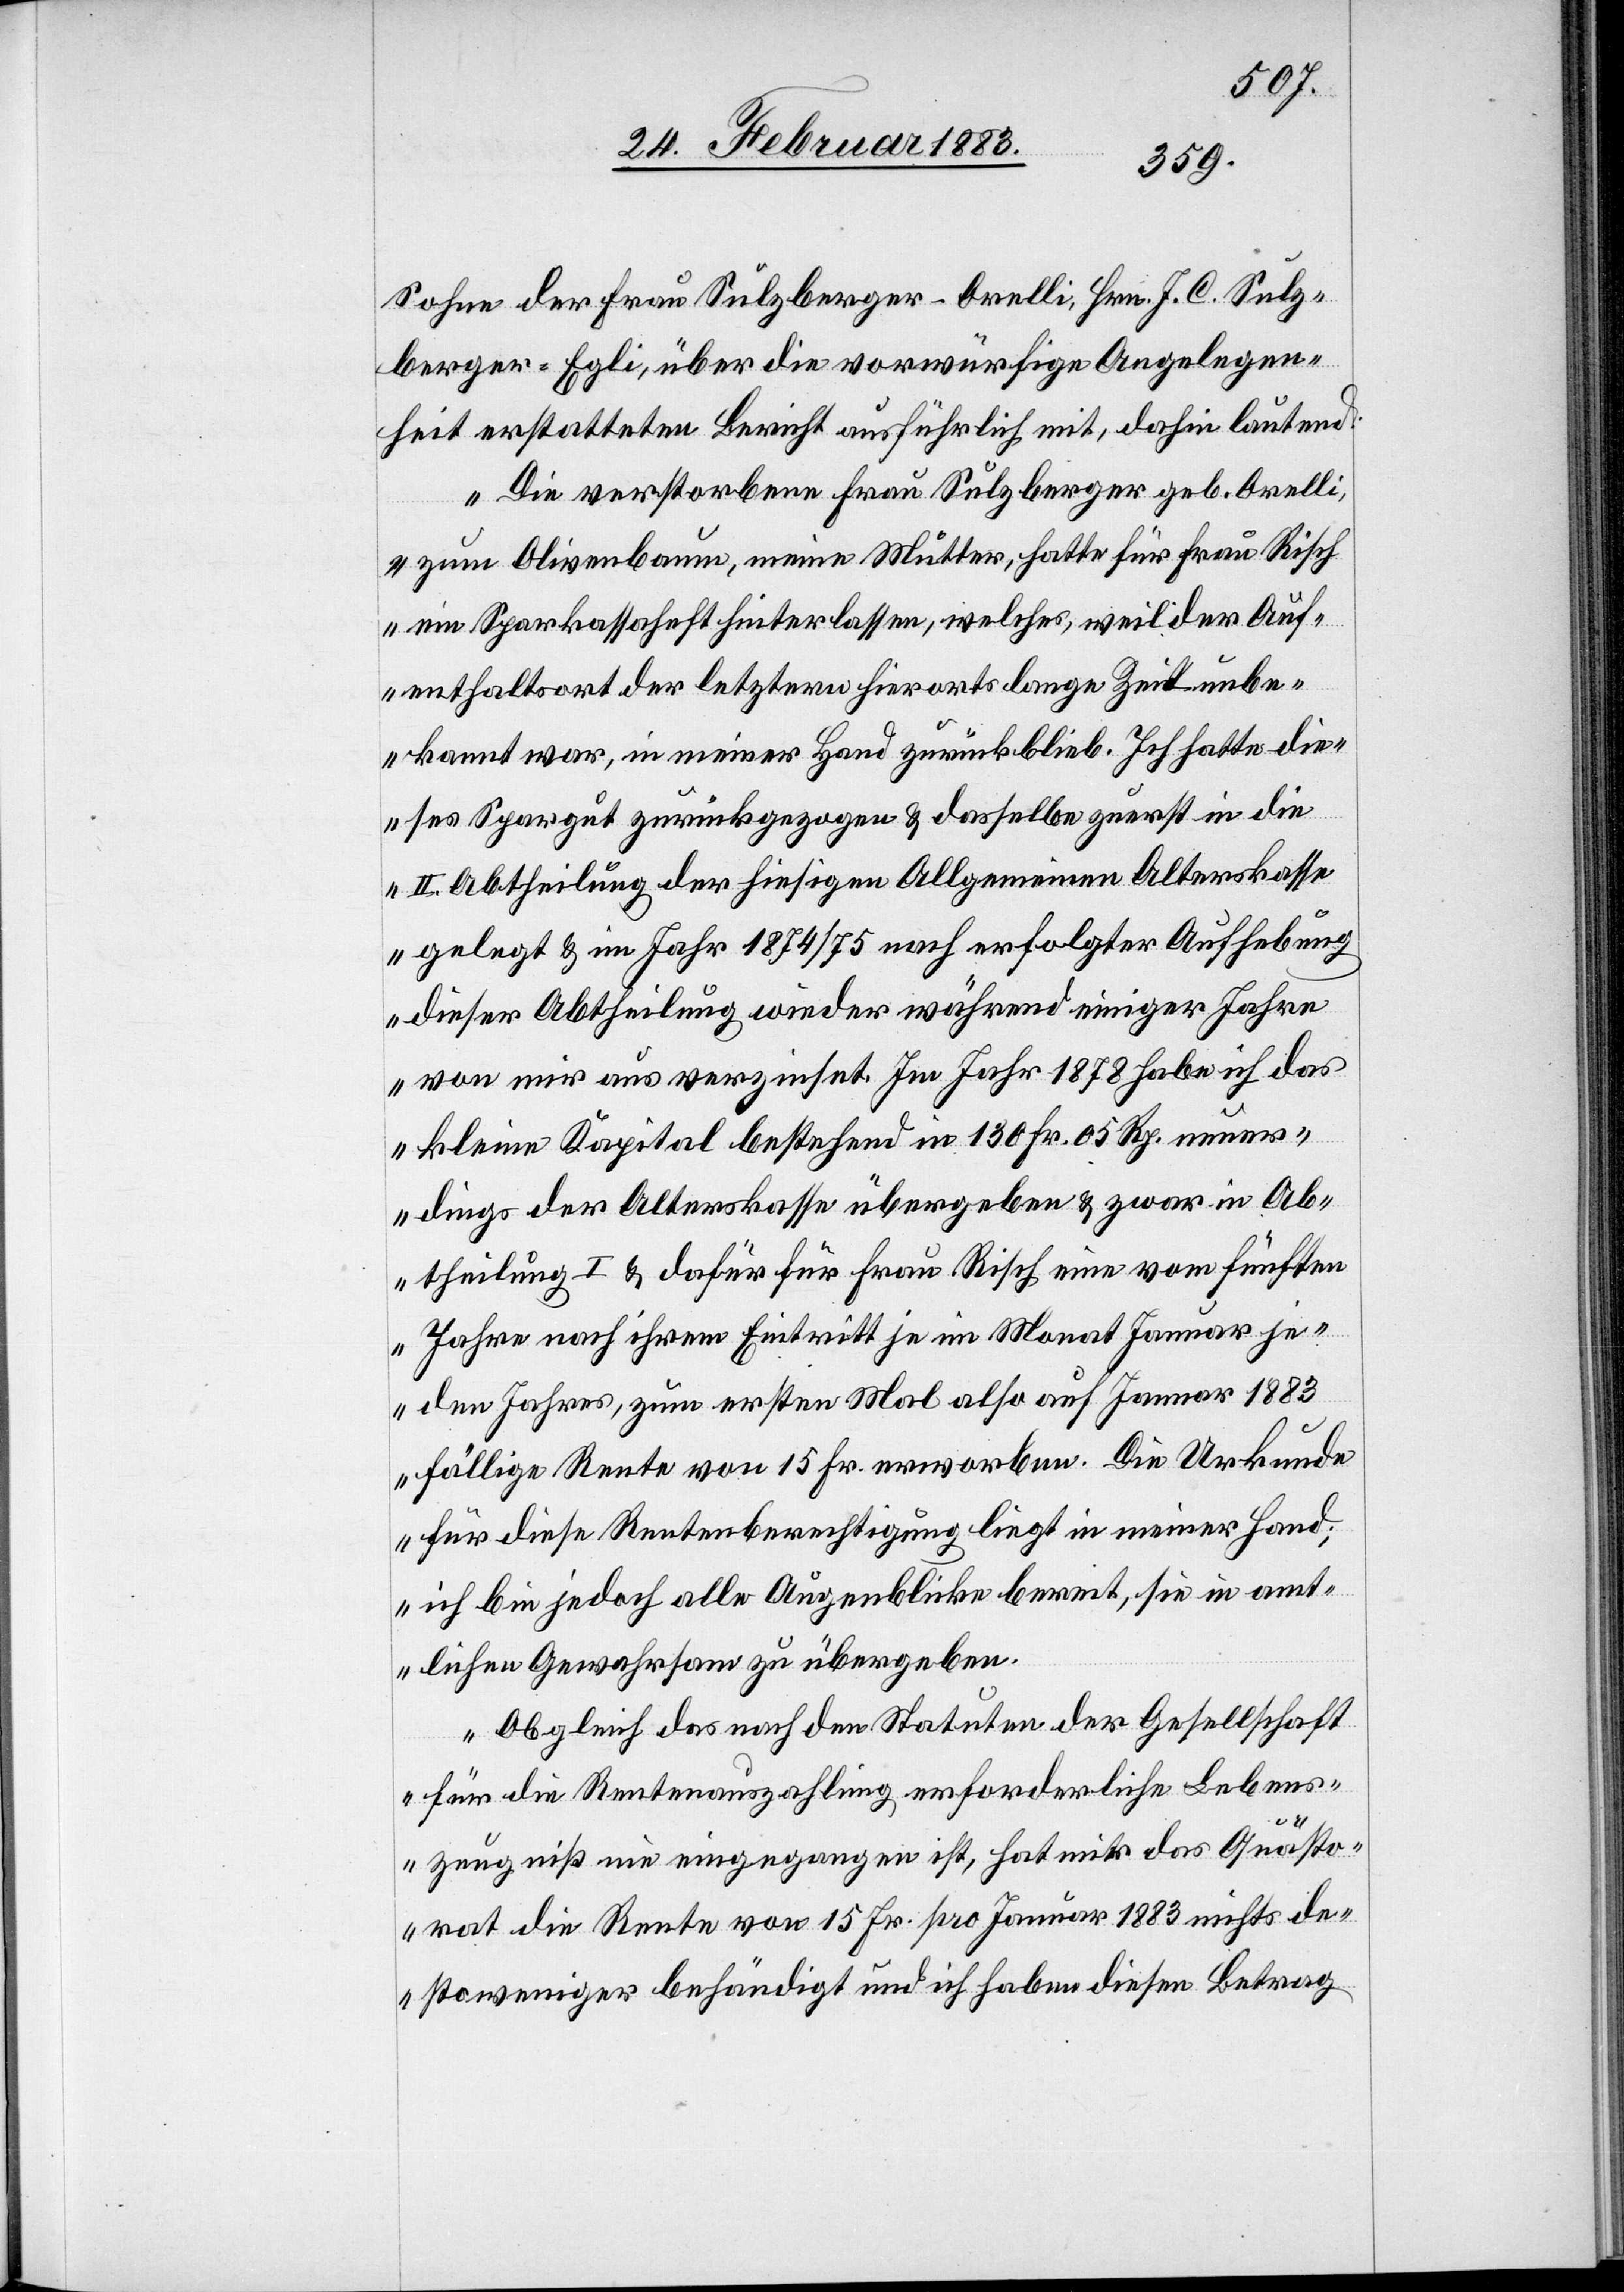
Sohne der Frau Sulzberger-Orelli, Hrn. J. C. Sulz¬
berger-Egli, über die vorwürfige Angelegen¬
heit erstatteten Bericht ausführlich mit, dahin lautend:
Die verstorbene Frau Sulzberger geb. Orelli,
zum Olivenbaum, meine Mutter, hat für Frau Risch
ein Sparkassaheft hinterlassen, welches, weil der Auf¬
enthaltsort der letztern hierorts lange Zeit unbe¬
kannt war, in meiner Hand zurückblieb. Ich hatte die¬
ses Spargut zurückgezogen & dasselbe zuerst in die
II. Abtheilung der hiesigen Allgemeinen Alterskasse
gelegt & im Jahr 1874/75 nach erfolgter Aufhebung
dieser Abtheilung wieder während einiger Jahre
von mir aus verzinset. Im Jahr 1878 habe ich das
kleine Kapital bestehend in 130 Fr. 05 Rp. neuer¬
dings der Alterskasse übergeben & zwar in Ab¬
theilung I & dafür für Frau Risch eine vom fünften
Jahre nach ihrem Eintritt je im Monat Januar je¬
den Jahres, zum ersten Mal also auf Januar 1883
fällige Rente von 15 Fr. erworben. Die Urkunde
für diese Rentenberechtigung liegt in meiner Hand;
ich bin jedoch alle Augenblicke bereit, sie in amt¬
lichen Gewahrsam zu übergeben.
Obgleich das nach den Statuten der Gesellschaft
für die Rentenauszahlung erforderliche Lebens¬
zeugniß nie eingegangen ist, hat mir das Quästo¬
rat die Rente von 15 Fr. pro Januar 1883 nichts de¬
stoweniger behändigt und ich habe diesen Betrag